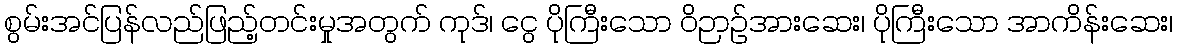
စွမ်းအင်ပြန်လည်ဖြည့်တင်းမှုအတွက် ကုဒ်၊ ငွေ ပိုကြီးသော ဝိဉာဉ်အားဆေး၊ ပိုကြီးသော အာကိန်းဆေး၊